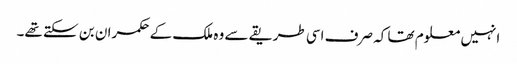
انہیں معلوم تھا کہ صرف اسی طریقے سے وہ ملک کے حکمران بن سکتے تھے۔